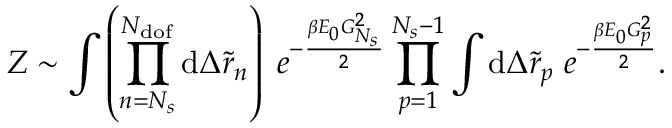
Z \sim \int { \left( \prod _ { n = N _ { s } } ^ { N _ { \mathrm { d o f } } } { \mathrm { d } \Delta \tilde { r } _ { n } } \right) \; e ^ { - \frac { \beta E _ { 0 } G _ { N _ { s } } ^ { 2 } } { 2 } } } \prod _ { p = 1 } ^ { N _ { s } - 1 } { \int { \mathrm { d } \Delta \tilde { r } _ { p } } \; e ^ { - \frac { \beta E _ { 0 } G _ { p } ^ { 2 } } { 2 } } } .